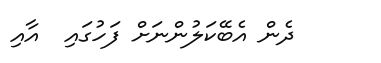
ދެން އެބޭކަލުންނަށް ފަހުގައި  އާއި